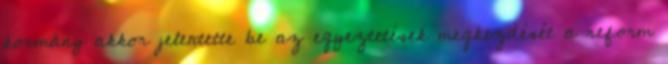
kormány akkor jelentette be az egyeztetések megkezdését a reform